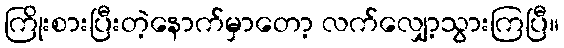
ကြိုးစားပြီးတဲ့နောက်မှာတော့ လက်လျှော့သွားကြပြီ။